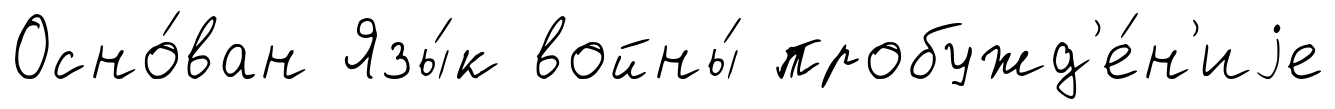
Осно́ван Язы́к войны́ пробужд'е́н'иjе